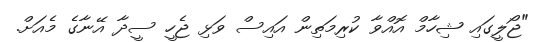
"ޖޯލީގައި ޝިހާމް އޮއްވާ ކުރިމަތިން އައިސް ވަޅި ޖެހީ ސީދާ އޭނާގެ މެއަށް.